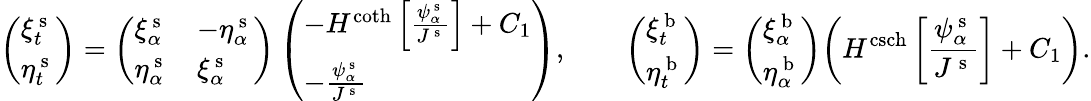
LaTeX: \left(\begin{array}{l}{\xi_{t}^{\mathrm{~s~}}}\\ {\eta_{t}^{\mathrm{~s~}}}\end{array}\right)=\left(\begin{array}{ll}{\xi_{\alpha}^{\mathrm{~s~}}}&{-\eta_{\alpha}^{\mathrm{~s~}}}\\ {\eta_{\alpha}^{\mathrm{~s~}}}&{\xi_{\alpha}^{\mathrm{~s~}}}\end{array}\right)\left(\begin{array}{l}{-H^{\coth}\left[\frac{\psi_{\alpha}^{\mathrm{~s~}}}{J^{\mathrm{~s~}}}\right]+C_{1}}\\ {-\frac{\psi_{\alpha}^{\mathrm{~s~}}}{J^{\mathrm{~s~}}}}\end{array}\right),\qquad\left(\begin{array}{l}{\xi_{t}^{\mathrm{~b~}}}\\ {\eta_{t}^{\mathrm{~b~}}}\end{array}\right)=\left(\begin{array}{l}{\xi_{\alpha}^{\mathrm{~b~}}}\\ {\eta_{\alpha}^{\mathrm{~b~}}}\end{array}\right)\bigg(H^{\operatorname{csch}}\left[\frac{\psi_{\alpha}^{\mathrm{~s~}}}{J^{\mathrm{~s~}}}\right]+C_{1}\bigg).